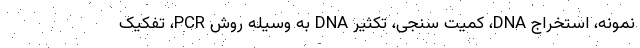
نمونه، استخراج DNA، کمیت سنجی، تکثیر DNA به وسیله روش PCR، تفکیک